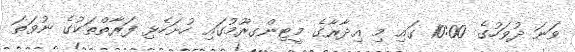
ވަނަ ދުވަހުގެ 10:00 ގައި މި އިދާރާގެ މީޓިންގރޫމުގައި ހުށަހެޅި ފަރާތްތަކުގެ ނުވަތަ